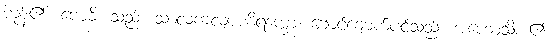
ကုန်၏။ ဗောဓိ၊ သည်။ သာလကလျာဏိရက္ခော၊ ချောင်ချောက်ပင်သည်။ အဟောသိ၊ ၏။